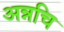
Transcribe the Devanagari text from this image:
अन्नचि